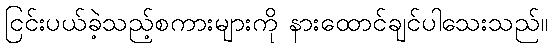
ငြင်းပယ်ခဲ့သည့်စကားများကို နားထောင်ချင်ပါသေးသည်။